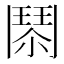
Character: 𩰐